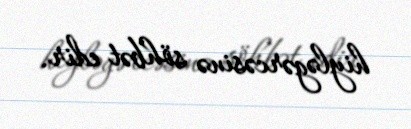
hiyləgərcəsinə söhbət edir.